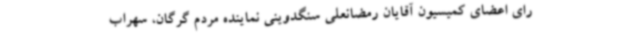
رای اعضای کمیسیون آقایان رمضانعلی سنگدوینی نماینده مردم گرگان، سهراب